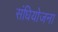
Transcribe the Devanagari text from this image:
संधियोजना